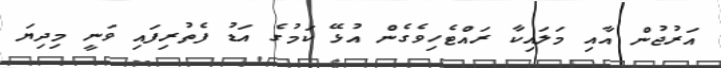
އަރުޖުން އާއި މަލައިކާ ރައްޓެހިވެގެން އުޅޭ ކަމުގެ އަޑު ފެތުރިފައި ވަނީ މިދިޔަ